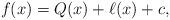
LaTeX: \begin{align*}f(x)=Q(x)+\ell(x)+c,\end{align*}